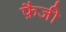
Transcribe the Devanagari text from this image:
फ़ैजी